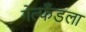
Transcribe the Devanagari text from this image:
गेल्फँडला